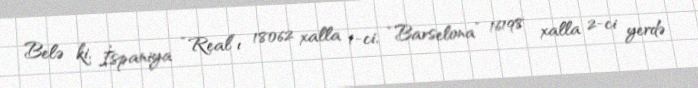
Belə ki, İspaniya “Real”ı 18062 xalla 1-ci, “Barselona” 16198 xalla 2-ci yerdə